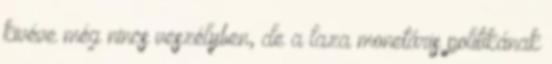
kivéve még nincs veszélyben, de a laza monetáris politikának